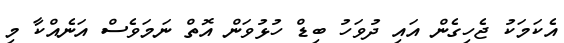
އެކަމަކު ޖެހިގެން އައި ދުވަހު ބިޑް ހުޅުވަން އޮތް ނަމަވެސް އަނެއްކާ މި